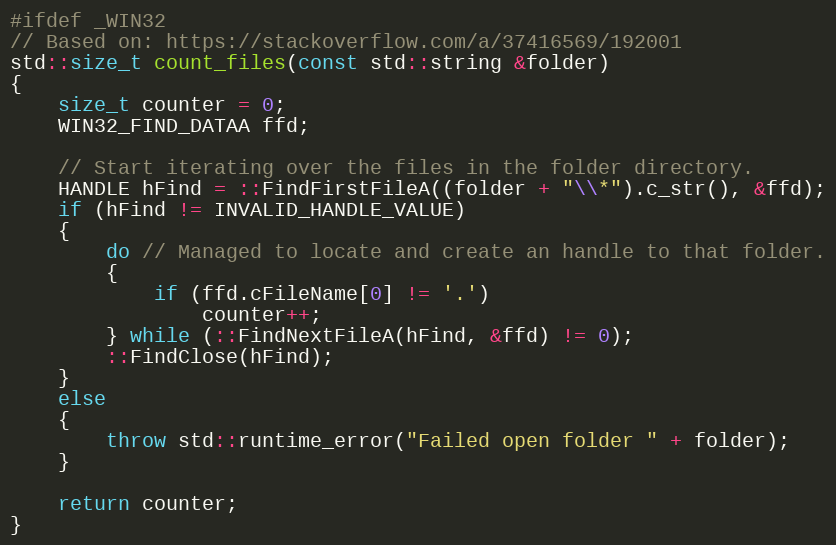
Language: C++
#ifdef _WIN32
// Based on: https://stackoverflow.com/a/37416569/192001
std::size_t count_files(const std::string &folder)
{
    size_t counter = 0;
    WIN32_FIND_DATAA ffd;

    // Start iterating over the files in the folder directory.
    HANDLE hFind = ::FindFirstFileA((folder + "\\*").c_str(), &ffd);
    if (hFind != INVALID_HANDLE_VALUE)
    {
        do // Managed to locate and create an handle to that folder.
        {
            if (ffd.cFileName[0] != '.')
                counter++;
        } while (::FindNextFileA(hFind, &ffd) != 0);
        ::FindClose(hFind);
    }
    else
    {
        throw std::runtime_error("Failed open folder " + folder);
    }

    return counter;
}